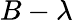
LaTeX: B-\lambda